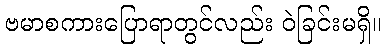
ဗမာစကားပြောရာတွင်လည်း ဝဲခြင်းမရှိ။